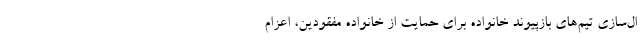
ال‌سازی تیم‌های بازپیوند خانواده برای حمایت از خانواده مفقودین، اعزام